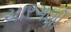
ચારગણી